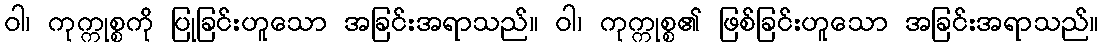
ဝါ၊ ကုက္ကုစ္စကို ပြုခြင်းဟူသော အခြင်းအရာသည်။ ဝါ၊ ကုက္ကုစ္စ၏ ဖြစ်ခြင်းဟူသော အခြင်းအရာသည်။